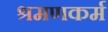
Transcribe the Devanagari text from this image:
श्रमणकर्म